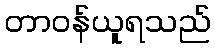
တာဝန်ယူရသည်